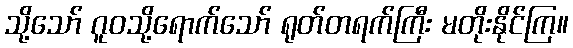
သို့သော် ဂူဝသို့ရောက်သော် ရုတ်တရက်ကြီး မတိုးနိုင်ကြ။